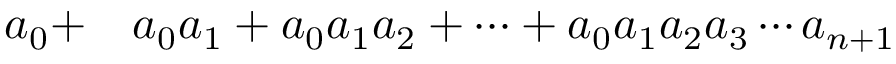
\begin{array} { r l } { a _ { 0 } + } & { { } a _ { 0 } a _ { 1 } + a _ { 0 } a _ { 1 } a _ { 2 } + \cdots + a _ { 0 } a _ { 1 } a _ { 2 } a _ { 3 } \cdots a _ { n + 1 } } \end{array}